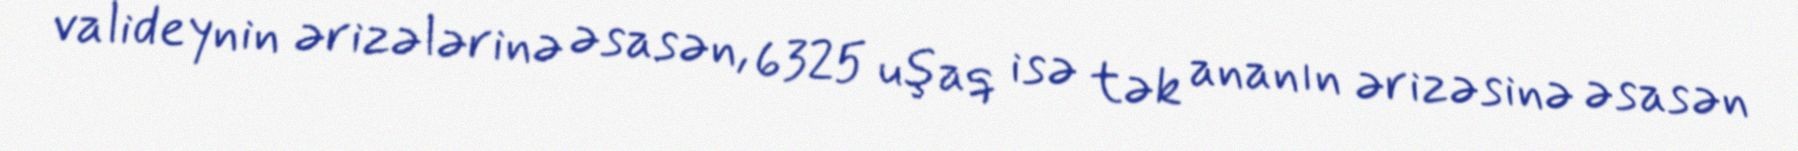
valideynin ərizələrinə əsasən, 6325 uşaq isə tək ananın ərizəsinə əsasən